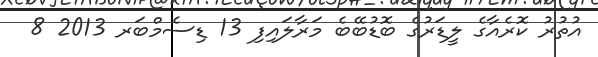
އުތުރު ކޮރެއާގެ ލީޑަރުގެ ބޮޑުބޭބެ މަރާލައިފި 13 ޑިސެމްބަރ 2013 8